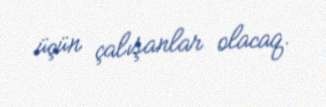
üçün çalışanlar olacaq.